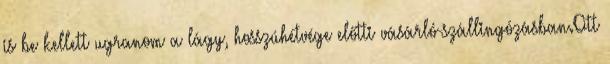
is be kellett ugranom a lágy, hosszúhétvége előtti vásárló-szállingózásban.Ott